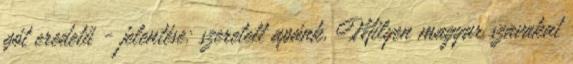
gót eredetű - jelentése: szeretett apánk. Milyen magyar szavakat